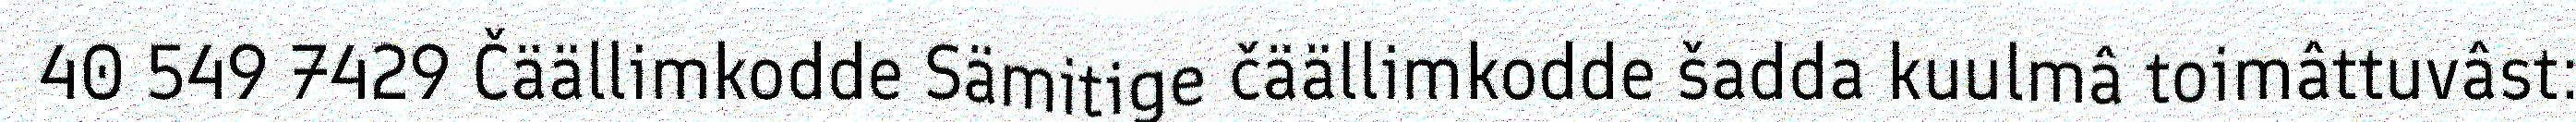
40 549 7429 Čäällimkodde Sämitige čäällimkodde šadda kuulmâ toimâttuvâst: